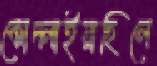
কোদ্‌লাইয়াছিলে